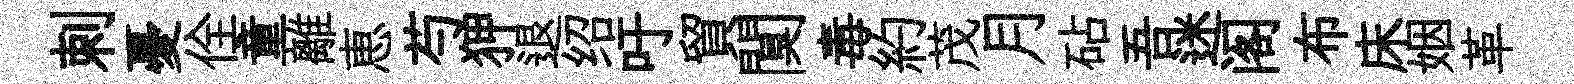
刺憂佺童離恵芍狎退绍吁貿闃毒約茂月砧吾迷阁布床姻革